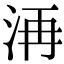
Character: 洅